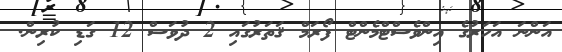
އަންނަ އަހަރުގެ އިންވެސްޓްމެންޓް ފޯރަމް ޤަތަރުގައި 2 ދުވަސް 12 ގަޑި ކުރިން.